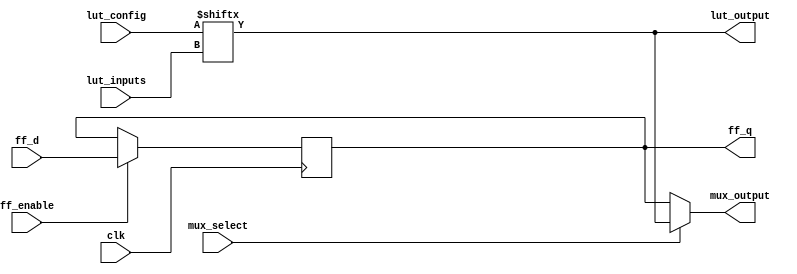
module CLB (
    input wire [3:0] lut_inputs,      // Inputs for the LUT
    input wire [15:0] lut_config,      // LUT configuration (truth table)
    input wire mux_select,             // MUX select signal
    input wire clk,                    // Clock signal for FF
    input wire ff_d,                   // Data input for flip-flop
    input wire ff_enable,              // Enable signal for flip-flop
    output wire lut_output,            // Output from the LUT
    output wire mux_output,            // Output from the MUX
    output reg ff_q                    // Output from the flip-flop
);

    // Look-Up Table (LUT) implementation
    assign lut_output = lut_config[lut_inputs];

    // Multiplexer (MUX) implementation
    // Assuming two inputs: LUT output and external data input
    assign mux_output = (mux_select) ? lut_output : ff_q;

    // Flip-Flop implementation
    always @(posedge clk) begin
        if (ff_enable) begin
            ff_q <= ff_d;  // Capture data on clock edge if enabled
        end
    end

endmodule